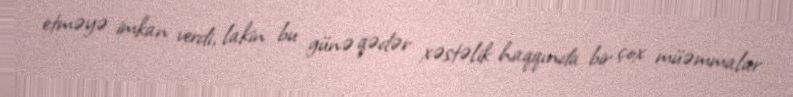
etməyə imkan verdi, lakin bu günə qədər xəstəlik haqqında bir çox müəmmalar